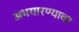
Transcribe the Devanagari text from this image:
अभयारण्यावर